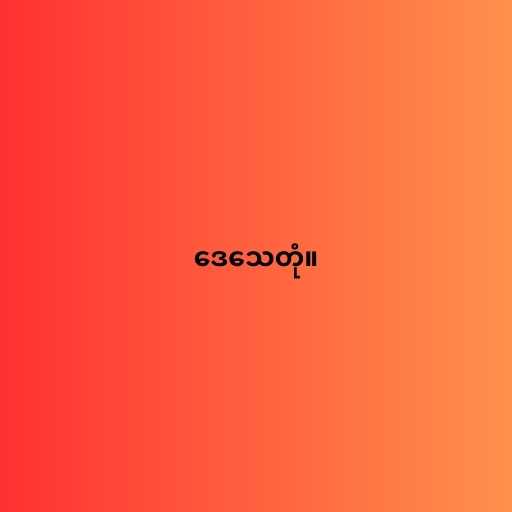
ဒေသေတုံ။